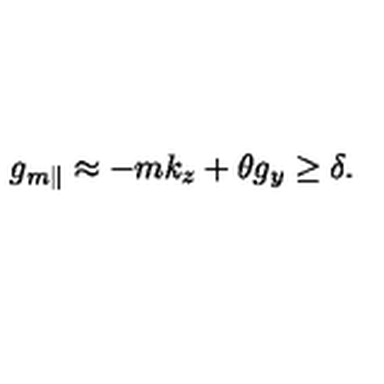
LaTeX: g _ { m \parallel } \approx - m k _ { z } + \theta g _ { y } \geq \delta .